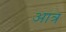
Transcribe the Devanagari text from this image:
आत्र